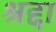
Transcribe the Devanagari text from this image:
श्रद्दा